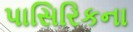
પાસિરિકના